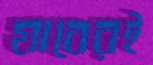
যাবেরই